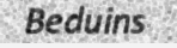
Beduins